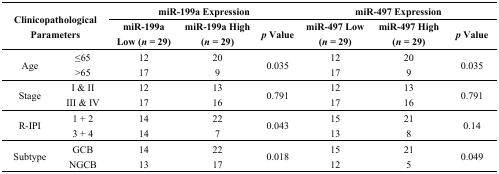
<table><thead><tr><td rowspan="2" colspan="2"><b>Clinicopathological Parameters</b></td><td colspan="3"><b>miR-199a Expression</b></td><td colspan="3"><b>miR-497 Expression</b></td></tr><tr><td><b>miR-199a Low (<i>n</i> = 29)</b></td><td><b>miR-199a High (<i>n</i> = 29)</b></td><td><b><i>p</i> Value</b></td><td><b>miR-497 Low (<i>n</i> = 29)</b></td><td><b>miR-497 High (<i>n</i> = 29)</b></td><td><b><i>p</i> Value</b></td></tr></thead><tbody><tr><td rowspan="2">Age</td><td>≤65</td><td>12</td><td>20</td><td rowspan="2">0.035</td><td>12</td><td>20</td><td rowspan="2">0.035</td></tr><tr><td>&gt;65</td><td>17</td><td>9</td><td>17</td><td>9</td></tr><tr><td rowspan="2">Stage</td><td>I &amp; II</td><td>12</td><td>13</td><td rowspan="2">0.791</td><td>12</td><td>13</td><td rowspan="2">0.791</td></tr><tr><td>III &amp; IV</td><td>17</td><td>16</td><td>17</td><td>16</td></tr><tr><td rowspan="2">R-IPI</td><td>1 + 2</td><td>14</td><td>22</td><td rowspan="2">0.043</td><td>15</td><td>21</td><td rowspan="2">0.14</td></tr><tr><td>3 + 4</td><td>14</td><td>7</td><td>13</td><td>8</td></tr><tr><td rowspan="2">Subtype</td><td>GCB</td><td>14</td><td>22</td><td rowspan="2">0.018</td><td>15</td><td>21</td><td rowspan="2">0.049</td></tr><tr><td>NGCB</td><td>13</td><td>17</td><td>12</td><td>5</td></tr></tbody></table>